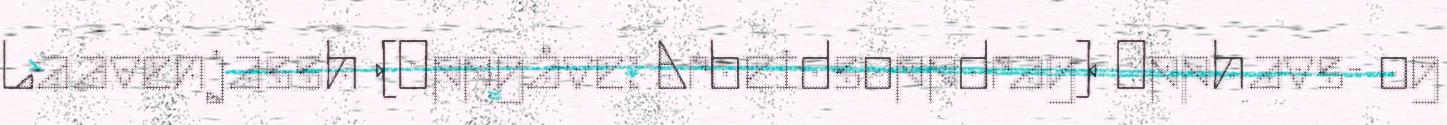
Laavenjassh (Oppgåve: Arbeidsoppdrag) Opphavs- og